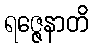
ရဇ္ဇေနာတိ